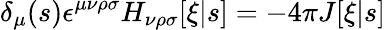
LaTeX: \delta_{\mu}(s)\epsilon^{\mu\nu\rho\sigma}H_{\nu\rho\sigma}[\xi|s]=-4\pi J[\xi|s]